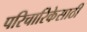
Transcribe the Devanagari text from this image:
परिचारिकेसाठी